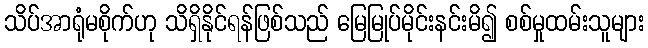
သိပ်အာရုံမစိုက်ဟု သိရှိနိုင်ရန်ဖြစ်သည် မြေမြုပ်မိုင်းနင်းမိ၍ စစ်မှုထမ်းသူများ